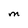
Character: M